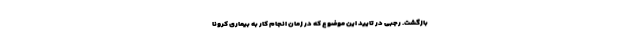
بازگشت. رجبی در تایید این موضوع که در زمان انجام کار به بیماری کرونا